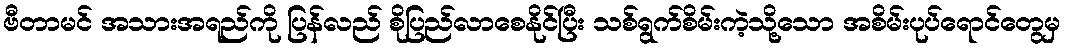
ဗီတာမင် အသားအရည်ကို ပြန်လည် စိုပြည်လာစေနိုင်ပြီး သစ်ရွက်စိမ်းကဲ့သို့သော အစိမ်းပုပ်ရောင်တွေမှ